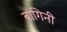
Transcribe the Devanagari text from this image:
बागिनी